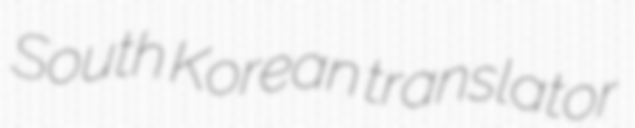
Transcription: South Korean translator